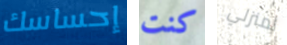
إحساسك كنت لمنزلي